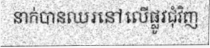
នាក់បានឈរនៅលើផ្លូវជុំវិញ